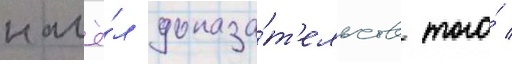
нашё́л доказа́т'ельств того́ /